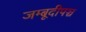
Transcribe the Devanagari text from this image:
जम्बूदीपञ्च